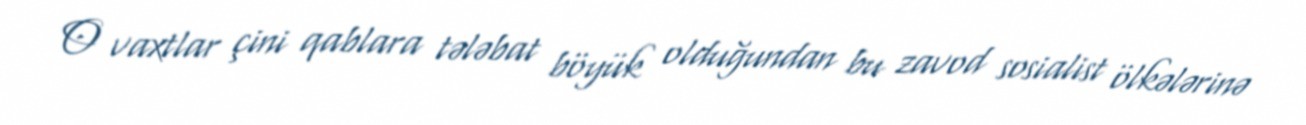
O vaxtlar çini qablara tələbat böyük olduğundan bu zavod sosialist ölkələrinə